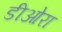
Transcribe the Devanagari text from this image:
डीओरा